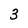
Character: 3